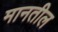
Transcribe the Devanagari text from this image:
मानतील